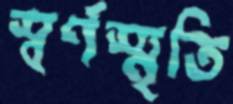
স্বর্ণস্মৃতি